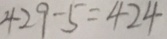
4 2 9 - 5 = 4 2 4